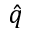
\hat { q }